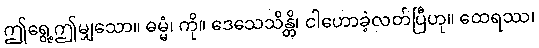
ဤရွေ့ဤမျှသော။ ဓမ္မံ၊ ကို။ ဒေသေသိန္တိ၊ ငါဟောခဲ့လတ်ပြီဟု။ ထေရဿ၊